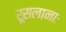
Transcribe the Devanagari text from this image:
रूसलानाः